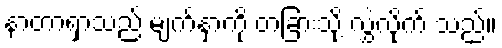
နာတာရှာသည် မျက်နှာကို တခြားသို့ လွှဲလိုက် သည်။